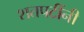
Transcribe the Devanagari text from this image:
शतपटींनी